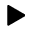
\blacktriangleright